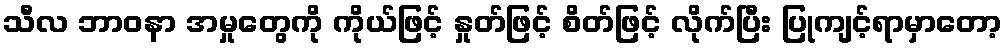
သီလ ဘာဝနာ အမှုတွေကို ကိုယ်ဖြင့် နှုတ်ဖြင့် စိတ်ဖြင့် လိုက်ပြီး ပြုကျင့်ရာမှာတော့